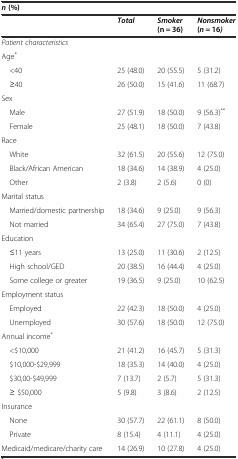
<table><thead><tr><td colspan="4"><b><i>n</i>(%)</b></td></tr><tr><td></td><td><b><i>Total</i></b></td><td><b><i>Smoker</i>(n = 36)</b></td><td><b><i>Nonsmoker</i>(<i>n</i> = 16<i>)</i></b></td></tr></thead><tbody><tr><td colspan="4"><i>Patient characteristics</i></td></tr><tr><td>Age<sup>*</sup></td><td></td><td></td><td></td></tr><tr><td> &lt;40</td><td>25 (48.0)</td><td>20 (55.5)</td><td>5 (31.2)</td></tr><tr><td> ≥40</td><td>26 (50.0)</td><td>15 (41.6)</td><td>11 (68.7)</td></tr><tr><td>Sex</td><td></td><td></td><td></td></tr><tr><td> Male</td><td>27 (51.9)</td><td>18 (50.0)</td><td>9 (56.3)<sup>**</sup></td></tr><tr><td> Female</td><td>25 (48.1)</td><td>18 (50.0)</td><td>7 (43.8)</td></tr><tr><td>Race</td><td></td><td></td><td></td></tr><tr><td> White</td><td>32 (61.5)</td><td>20 (55.6)</td><td>12 (75.0)</td></tr><tr><td> Black/African American</td><td>18 (34.6)</td><td>14 (38.9)</td><td>4 (25.0)</td></tr><tr><td> Other</td><td>2 (3.8)</td><td>2 (5.6)</td><td>0 (0)</td></tr><tr><td>Marital status</td><td></td><td></td><td></td></tr><tr><td> Married/domestic partnership</td><td>18 (34.6)</td><td>9 (25.0)</td><td>9 (56.3)</td></tr><tr><td> Not married</td><td>34 (65.4)</td><td>27 (75.0)</td><td>7 (43.8)</td></tr><tr><td>Education</td><td></td><td></td><td></td></tr><tr><td> ≤11 years</td><td>13 (25.0)</td><td>11 (30.6)</td><td>2 (12.5)</td></tr><tr><td> High school/GED</td><td>20 (38.5)</td><td>16 (44.4)</td><td>4 (25.0)</td></tr><tr><td> Some college or greater</td><td>19 (36.5)</td><td>9 (25.0)</td><td>10 (62.5)</td></tr><tr><td>Employment status</td><td></td><td></td><td></td></tr><tr><td> Employed</td><td>22 (42.3)</td><td>18 (50.0)</td><td>4 (25.0)</td></tr><tr><td> Unemployed</td><td>30 (57.6)</td><td>18 (50.0)</td><td>12 (75.0)</td></tr><tr><td>Annual income<sup>*</sup></td><td></td><td></td><td></td></tr><tr><td> &lt;$10,000</td><td>21 (41.2)</td><td>16 (45.7)</td><td>5 (31.3)</td></tr><tr><td> $10,000-$29,999</td><td>18 (35.3)</td><td>14 (40.0)</td><td>4 (25.0)</td></tr><tr><td> $30,00-$49,999</td><td>7 (13.7)</td><td>2 (5.7)</td><td>5 (31.3)</td></tr><tr><td> ≥ $50,000</td><td>5 (9.8)</td><td>3 (8.6)</td><td>2 (12.5)</td></tr><tr><td>Insurance</td><td></td><td></td><td></td></tr><tr><td> None</td><td>30 (57.7)</td><td>22 (61.1)</td><td>8 (50.0)</td></tr><tr><td> Private</td><td>8 (15.4)</td><td>4 (11.1)</td><td>4 (25.0)</td></tr><tr><td>Medicaid/medicare/charity care</td><td>14 (26.9)</td><td>10 (27.8)</td><td>4 (25.0)</td></tr></tbody></table>